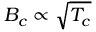
B _ { c } \propto \sqrt { T _ { c } }